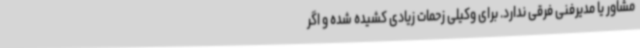
مشاور یا مدیرفنی فرقی ندارد. برای وکیلی زحمات زیادی کشیده شده و اگر